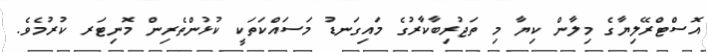
އޮސްޓްރޭލިޔާގެ މިލާން ކިޔާ މި ތަޖުރިބާކާރުގެ މައިގަނޑު މަސައްކަތަކީ ކުޅުންތެރިން މޮނިޓަރ ކުރުމެވެ.